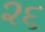
૨૬